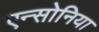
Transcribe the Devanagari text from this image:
एन्सोनिया